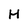
Character: H